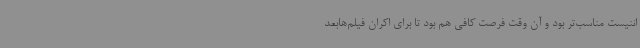
اننیست مناسب‌تر بود و آن وقت فرصت کافی هم بود تا برای اکران فیلم‌هابعد